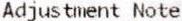
ADJUSTMENT NOTE